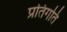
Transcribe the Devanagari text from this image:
प्रतिगति